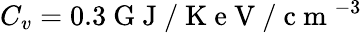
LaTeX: C_{v}=0.3\mathrm{~G~J~}/\mathrm{~K~e~V~}/\mathrm{~c~m~}^{-3}